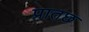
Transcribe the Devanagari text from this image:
प्रातछ